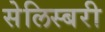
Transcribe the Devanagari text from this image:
सेलिस्बरी